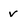
Character: v